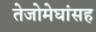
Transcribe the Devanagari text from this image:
तेजोमेघांसह